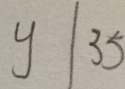
y \vert 3 5